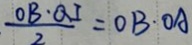
\frac { O B \cdot Q I } { 2 } = O B \cdot O A